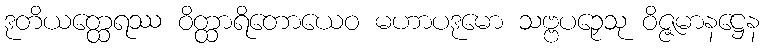
ဒုတိယတ္ထေရဿ ဝိတ္ထာရိတောယေဝ မဟာပဒုမော သဗ္ဗပဉှေသု ဝိဇ္ဇမာနဋ္ဌေန